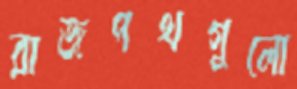
রাজপথগুলো